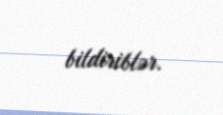
bildiriblər.